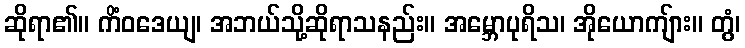
ဆိုရာ၏။ ကိံဝဒေယျ၊ အဘယ်သို့ဆိုရာသနည်း။ အမ္ဘောပုရိသ၊ အိုယောကျ်ား။ တွံ၊